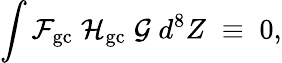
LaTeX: \int{\cal F}_{\mathrm{gc}}\; {\cal H}_{\mathrm{gc}}\; {\cal G}\; d^{8}Z\; \equiv\; 0,